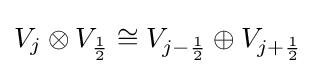
V_{j}\otimes V_{1 \over 2}\cong V_{j-{1 \over 2}}\oplus V_{j+{1 \over 2}}